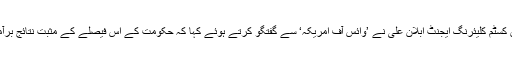
طورخم میں کسٹم کلیئرنگ ایجنٹ ابلان علی نے ’وائس آف امریکہ‘ سے گفتگو کرتے ہوئے کہا کہ حکومت کے اس فیصلے کے مثبت نتائج برآمد ہوں گے۔